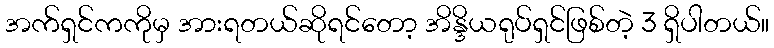
အက်ရှင်ကကိုမှ အားရတယ်ဆိုရင်တော့ အိန္ဒိယရုပ်ရှင်ဖြစ်တဲ့ 3 ရှိပါတယ်။